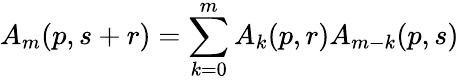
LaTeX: A_{m}(p,s+r)=\sum_{k=0}^{m}A_{k}(p,r)A_{m-k}(p,s)